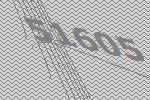
51605